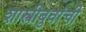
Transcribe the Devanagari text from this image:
शास्त्रीबुवांची